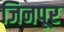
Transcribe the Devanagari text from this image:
जिनपूर